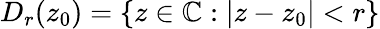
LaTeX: D_{r}(z_{0})=\{ z\in\mathbb{C}:|z-z_{0}|<r\}